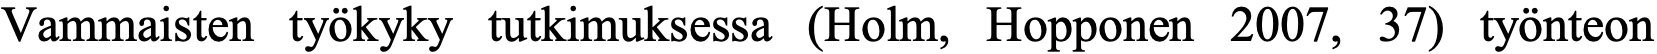
Vammaisten työkyky tutkimuksessa (Holm, Hopponen 2007, 37) työnteon